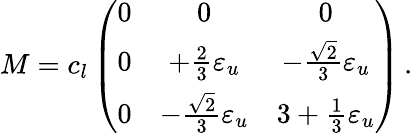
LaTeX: M=c_{l}\left(\begin{array}{ccc}{{0}}&{{0}}&{{0}}\\ {{0}}&{{+\frac{2}{3}{\varepsilon_{u}}}}&{{-\frac{\sqrt{2}}{3}\varepsilon_{u}}}\\ {{0}}&{{-\frac{\sqrt{2}}{3}\varepsilon_{u}}}&{{3+\frac{1}{3}\varepsilon_{u}}}\end{array}\right)\, .